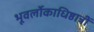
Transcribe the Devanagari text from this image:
भूवर्लोकाधिष्ठात्रीं